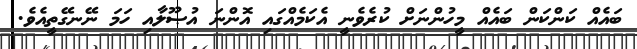
ބައެއް ކަންކަން ބައެއް މީހުންނަށް ކުރެވެނީ އެކަމެއްގައި އޮންނަ އުޞޫލާއި ހަމަ ނޭނގޭތީއެވެ.